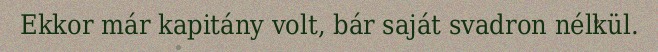
Ekkor már kapitány volt, bár saját svadron nélkül.